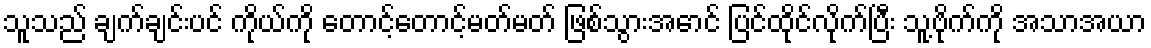
သူသည် ချက်ချင်းပင် ကိုယ်ကို တောင့်တောင့်မတ်မတ် ဖြစ်သွားအောင် ပြင်ထိုင်လိုက်ပြီး သူ့ဗိုက်ကို အသာအယာ